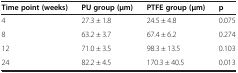
| Time point(weeks) | PU group(μm) | PTFE group(μm) | p |
 | --- | --- | --- | --- |
 | 4 | 27.3 ± 1.8 | 24.5 ± 4.8 | 0.075 |
 | 8 | 63.2 ± 3.7 | 67.4 ± 6.2 | 0.274 |
 | 12 | 71.0 ± 3.5 | 98.3 ± 13.5 | 0.103 |
 | 24 | 82.2 ± 4.5 | 170.3 ± 40.5 | 0.013 |